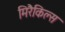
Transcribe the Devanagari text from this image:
मिरैकिल्स